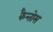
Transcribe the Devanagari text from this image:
कैन्तोस